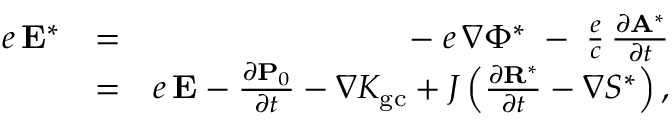
\begin{array} { r l r } { e \, { \bf E } ^ { * } } & { = } & { - \; e \, \nabla \Phi ^ { * } \; - \; \frac { e } { c } \, \frac { \partial { \bf A } ^ { * } } { \partial t } } \\ & { = } & { e \, { \bf E } - \frac { \partial { \bf P } _ { 0 } } { \partial t } - \nabla K _ { \mathrm { g c } } + J \left( \frac { \partial { \bf R } ^ { * } } { \partial t } - \nabla { \cal S } ^ { * } \right) , } \end{array}